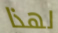
لهذا